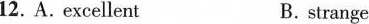
12. A. excellent B.strange